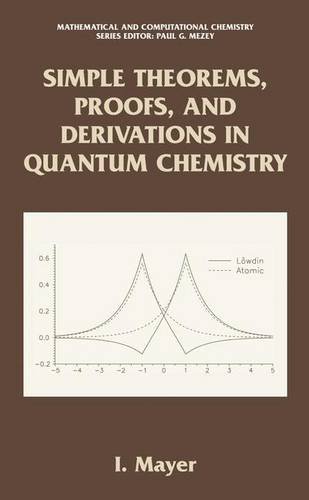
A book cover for Simple Theorems, Proofs, and Derivations in Quantum Chemistry (Mathematical and Computational Chemistry); Istvan Mayer; Science & Math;